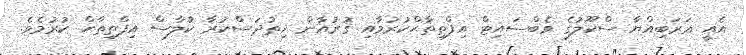
އެއީ ޢަރަބިއްޔާ ސްކޫލުގެ ވެބްސައިޓް އިފްތިތާޙްކުރުމާއި ޤުރުއާން ހިތުދަސްކުރާ ކުލާސް އިފްތިތާޙް ކުރުމެވެ.